Subject: cs
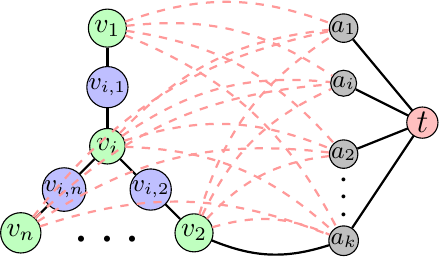
LaTeX code:
			\begin{tikzpicture}[shorten >=0.2pt]
				\usetikzlibrary{calc}

				\tikzstyle{vertex}=[circle,draw=black,fill=black!25,minimum size=5pt,inner sep=0pt, outer sep=0pt]
				\tikzstyle{vertex2}=[circle,draw=black,fill=blue!25,minimum size=5pt,inner sep=0pt, outer sep=0pt]
				\tikzstyle{vertex3}=[circle,draw=black,fill=green!25,minimum size=5pt,inner sep=1pt, outer sep=0pt]
				\tikzstyle{vertex4}=[circle,draw=black,fill=red!25,minimum size=5pt,inner sep=1pt, outer sep=0pt]

				\tikzstyle{source}=[circle,draw=black,fill=yellow!25,minimum size=10pt,inner sep=0pt, outer sep=0pt]
				\tikzstyle{edge}=[thick,black,--,]

				\tikzset{
					dot/.style={circle,inner sep=2pt,fill,label={\Large #1},name=#1},
				}

				\newcommand\DoubleLine[5][7pt]{%
					\path(#2)--(#3)coordinate[at start](h1)coordinate[at end](h2);
					\draw[#4, thick,]($(h1)!#1!90:(h2)$)--($(h2)!#1!-90:(h1)$)  node [black, pos=0.3, rotate=90,sloped, below=7pt] {$\mathbf{\ldots}$};
					\draw[#5, thick]($(h1)!#1!-90:(h2)$)--($(h2)!#1!90:(h1)$)  node [black,pos=0.6,sloped, above] {$=\delta\left(#2 \right) $};;
				}

				\newcommand\DoubleLinesecond[5][6pt]{%
					\path(#2)--(#3)coordinate[at start](h1)coordinate[at end](h2);
					\draw[#4, thick, shorten >=4pt, shorten <=4pt]($(h1)!#1!90:(h2)$)--($(h2)!#1!-90:(h1)$)  node [black, pos=0.3, rotate=90,sloped, below=6pt] {$\mathbf{\ldots}$};
					\draw[#5, thick, shorten >=-5pt, shorten <=-5pt]($(h1)!#1!-90:(h2)$)--($(h2)!#1!90:(h1)$)  node [black,pos=0.6,sloped, above=-2pt] {$=\delta \left( v_{n}\right) $};;
				}

				\newcommand\startingdoubleline[5][7pt]{%
					\path(#2)--(#3)coordinate[at start](h1)coordinate[at end](h2);
					\draw[#4, thick]($(h1)!#1!90:(h2)$)--($(h2)!#1!-90:(h1)$);
					\draw[#5, thick]($(h1)!#1!-90:(h2)$)--($(h2)!#1!90:(h1)$);
				}

				\begin{scope}[shift={(-1,0)}]

					\node[vertex3] (v_{1}) at (0,0) {$v_i$};
					\node[vertex3] (v_{2}) at (0,1.5) {$v_1$};
					\node[vertex3] (v_{3}) at (1.1,-1.1) {$v_2$};
					\node[vertex3] (v_{n}) at (-1.1,-1.1) {$v_n$};

					\node[vertex2] (vin) at ($(v_{1})!0.5!(v_{n})$) {\small$v_{i,n}$};

					\path(v_{n}) edge[thick, black] node[midway,sloped,above] {} (vin);
					\path(vin) edge[thick, black] node[midway,sloped,above] {} (v_{1});

					\node[vertex2] (vi2) at ($(v_{1})!0.5!(v_{2})$) {\small$v_{i,1}$};

					\path(v_{1}) edge[thick, black] node[midway,sloped,above] {} (vi2);
					\path(vi2) edge[thick, black] node[midway,sloped,above] {} (v_{2});

					\node[vertex2] (vi3) at ($(v_{1})!0.5!(v_{3})$) {\small$v_{i,2}$};

					\path(v_{1}) edge[thick, black] node[midway,sloped,below] {} (vi3);

					\path(vi3) edge[thick, black] node[midway,sloped,below] {} (v_{3});

					\node at (0,-1.2) {\huge$\mathbf{\cdots}$};

				\end{scope}

					\begin{scope}
						\node[vertex] (a1) at (2,0.8) {\small$a_i$};
						\node[vertex] (a2) at (2,1.5) {\small$a_1$};
						\node[vertex] (a3) at (2,-0.1) {\small$a_2$};
						\node[vertex] (an) at (2,-1.2) {\small$a_k$};
						\path (a3) -- (an) node [black, very thick, font=\Large, midway, sloped] {$\mathbf{\ldots}$};

						\node[vertex4] (t) at (3,0.3) {\large$t$};

						\foreach \i in {1,...,3,n}
						{%\draw[black, very thick]  (a\i)--(t1)    node[midway,sloped,above]{$1$};

							\foreach \j in {1,...,3,n}{\path(v_{\i}) edge[thick, red!40, dashed, bend left=20]    (a\j);}

							\path(t) edge[thick, black, ]    (a\i);

						}

						\path(v_{3}) edge[thick, black, bend right=20]    (an);

					\end{scope}

				\end{tikzpicture}